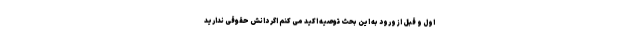
اول و قبل از ورود به این بحث توصیه اکید می کنم اگر دانش حقوقی ندارید